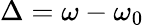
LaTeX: \Delta=\omega-\omega_{0}